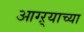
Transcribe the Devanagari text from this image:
आग्ऱ्याच्या